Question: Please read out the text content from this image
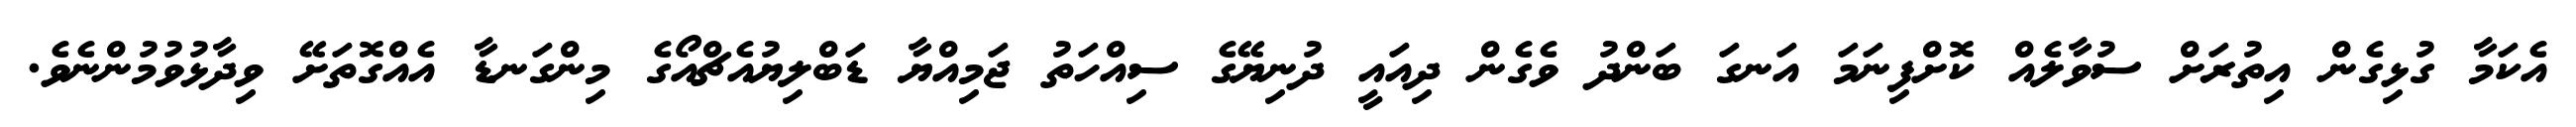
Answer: އެކަމާ ގުޅިގެން އިތުރަށް ސުވާލެއް ކޮށްފިނަމަ އަނގަ ބަންދު ވެގެން ދިއައީ ދުނިޔޭގެ ސިއްހަތު ޖަމިއްޔާ ޑަބްލިޔުއެޗްއޯގެ މިންގަނޑާ އެއްގޮތަށޭ ވިދާޅުވުމުންނެވެ.